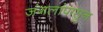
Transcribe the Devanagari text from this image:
जंगलांपासुन